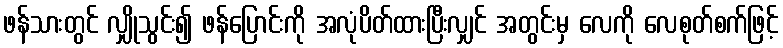
ဖန်သားတွင် လျှိုသွင်း၍ ဖန်ပြောင်းကို အလုံပိတ်ထားပြီးလျှင် အတွင်းမှ လေကို လေစုတ်စက်ဖြင့်